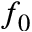
f _ { 0 }